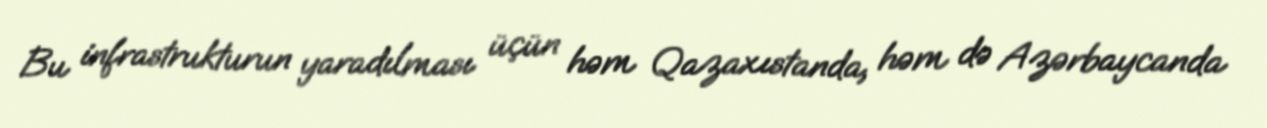
Bu infrastrukturun yaradılması üçün həm Qazaxıstanda, həm də Azərbaycanda